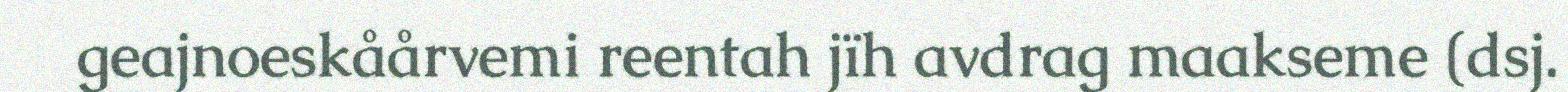
geajnoeskåårvemi reentah jïh avdrag maakseme (dsj.